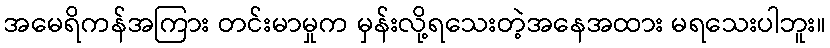
အမေရိကန်အကြား တင်းမာမှုက မှန်းလို့ရသေးတဲ့အနေအထား မရသေးပါဘူး။